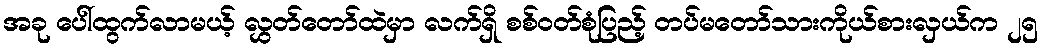
အခု ပေါ်ထွက်လာမယ့် လွှတ်တော်ထဲမှာ လက်ရှိ စစ်ဝတ်စုံပြည့် တပ်မတော်သားကိုယ်စားလှယ်က ၂၅